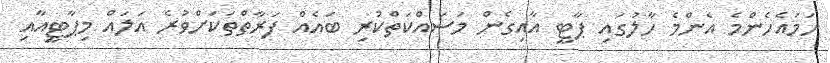
ހަމައެހެންމެ އެންމެ ހާލުގައި ޕާޓީ އާއިގެން މަސައްކަތްކުރި ބައެއް ފަރާތްތަކަށްވުރެ އަލައް މިޕާޓީއާއި